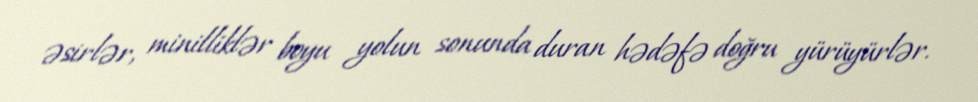
əsirlər, minilliklər boyu yolun sonunda duran hədəfə doğru yürüyürlər.